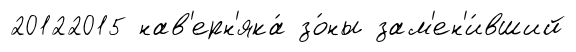
20122015 нав'ерн'яка́ зо́ны зам'ен'и́вший